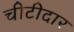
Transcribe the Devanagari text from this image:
चीटीदार